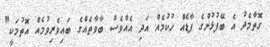
ގޮތާމެދު އެ ބޭފުޅުންގެ ފާޑެއް ހުކުމެއް އަދި އެއްވެސް ބާވާތެއްގެ ބައިވެރިވުމެއް އޮތުމަކީ"